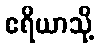
ဧရိယာသို့